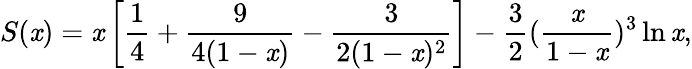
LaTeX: S(\mathit{x})=\mathit{x}\left[{\frac{{1}}{{4}}}+{\frac{{9}}{{4(1-\mathit{x})}}}-{\frac{{3}}{{2(1-\mathit{x})^{2}}}}\right]-{\frac{{3}}{{2}}}({\frac{{\mathit{x}}}{{1-\mathit{x}}}})^{3}\ln{\mathit{x}},